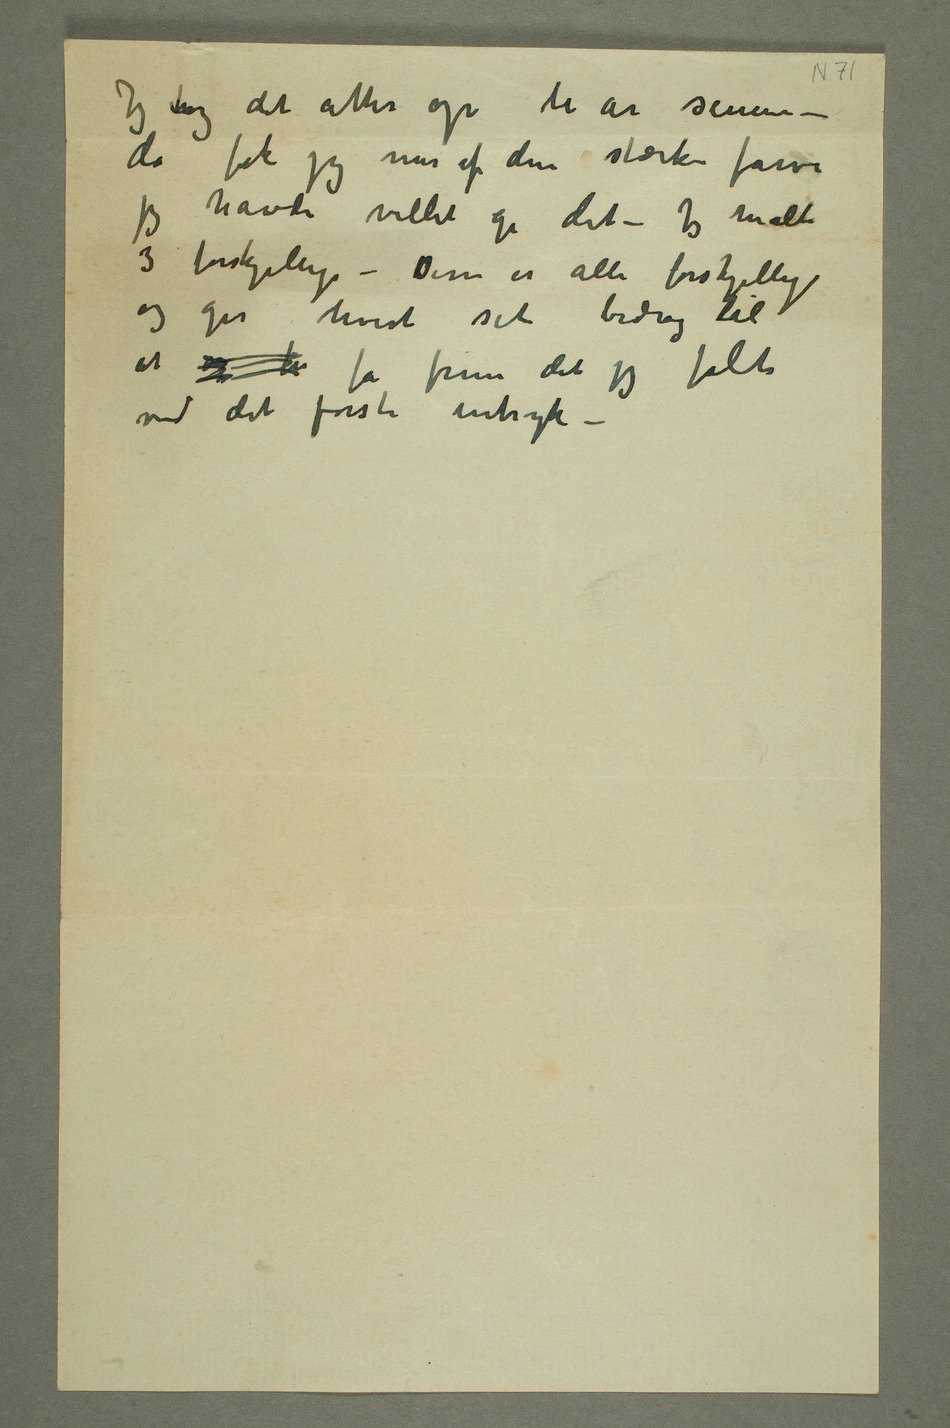
Jeg tog det atter op ti år senere –
da
fik jeg mer af den stærke farve
havde villet gi det – Jeg malte 3
forskjellige – Disse er alle forskjellige og
gir hvert sit bidrag til at
og fr få frem det jeg følte
det første intryk